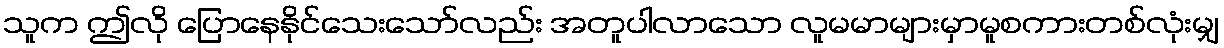
သူက ဤလို ပြောနေနိုင်သေးသော်လည်း အတူပါလာသော လူမမာများမှာမူစကားတစ်လုံးမျှ